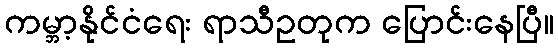
ကမ္ဘာ့နိုင်ငံရေး ရာသီဥတုက ပြောင်းနေပြီ။